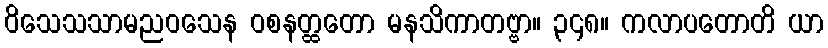
ဝိသေသသာမညဝသေန ဝစနတ္ထတော မနသိကာတဗ္ဗာ။ ၃၄၈။ ကလာပတောတိ ယာ